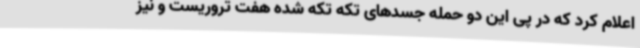
اعلام کرد که در پی این دو حمله جسدهای تکه تکه شده هفت تروریست و نیز